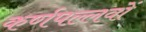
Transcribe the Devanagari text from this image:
कर्णपल्लवों